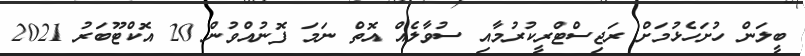
ބީލަން ހުށަހެޅުމަށް ރަޖިސްޓްރީކުރުމާއި ސުވާލެއް އޮތް ނަމަ ފޮނުއްވުން 20 އޮކްޓޫބަރު 2021